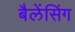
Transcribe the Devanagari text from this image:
बैलेंसिंग